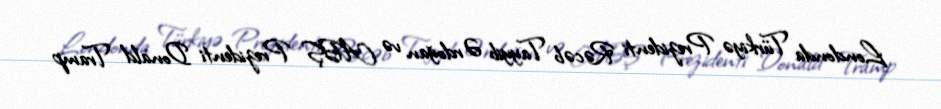
Londonda Türkiyə Prezidenti Rəcəb Tayyib Ərdoğan və ABŞ Prezidenti Donald Tramp